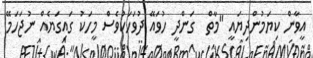
އީވާން ކިޔަމުންދިޔައީ "މާތް  ގަންދީ ހުވައޭ ދުވަހަކުވެސް މީހަކު ގައިގަޔެއް ނުޖަހަމޭ